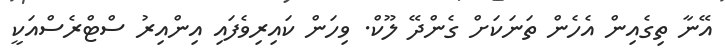
އޭނާ ތިގެއިން އެހެން ތަނަކަށް ގެންދޭ ލޫކް. ވިހަން ކައިރިވެފައި އިންއިރު ސްޓްރެސްއަކީ